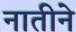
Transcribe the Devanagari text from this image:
नातीने